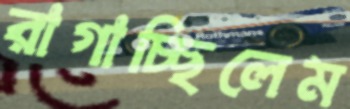
রাগাচ্ছিলেম